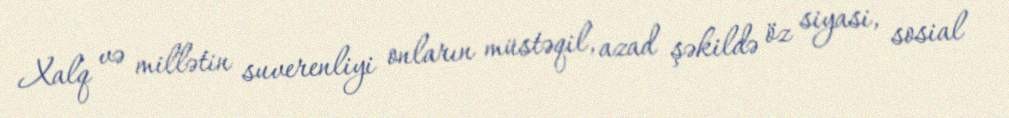
Xalq və millətin suverenliyi onların müstəqil, azad şəkildə öz siyasi, sosial